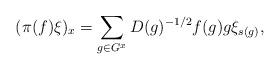
LaTeX: \begin{align*} (\pi(f)\xi)_x=\sum_{g\in G^x}D(g)^{-1/2}f(g)g\xi_{s(g)},\end{align*}